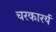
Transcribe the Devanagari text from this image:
चरकारर्य